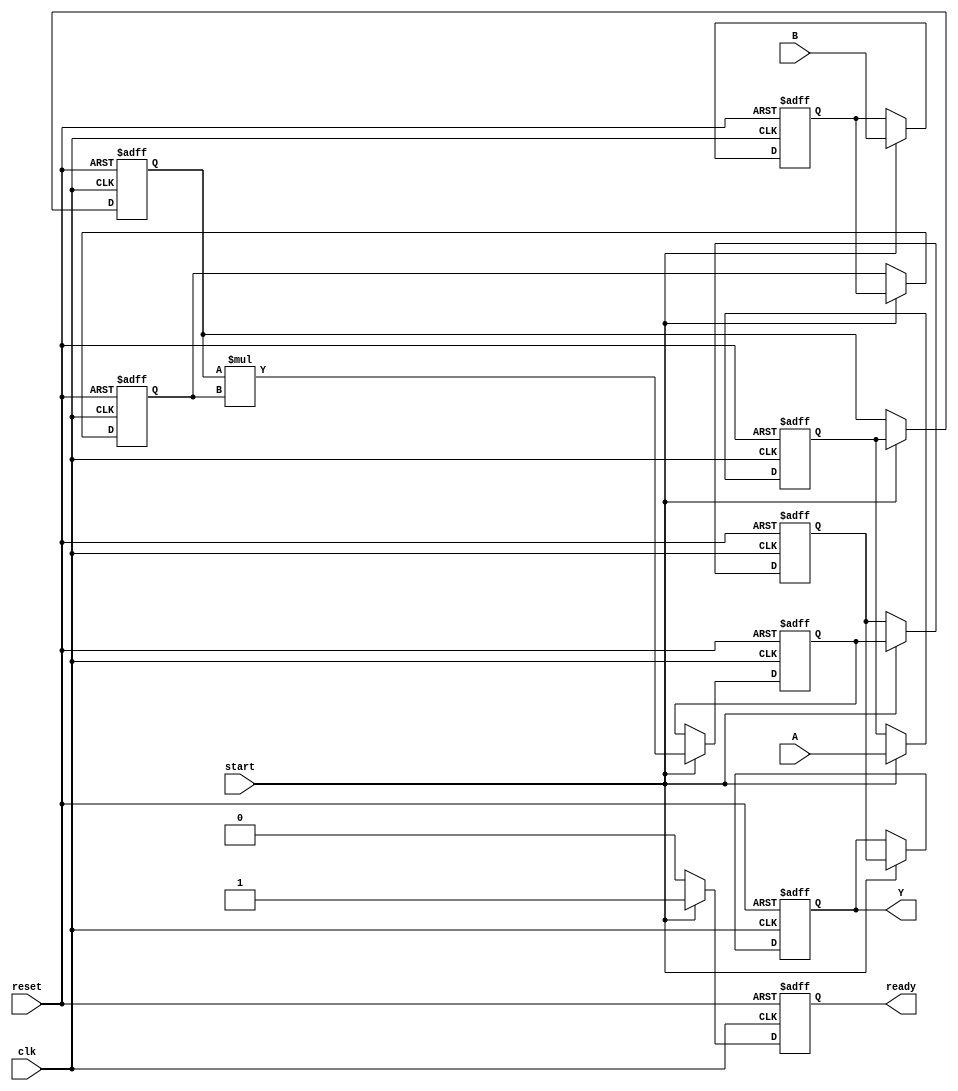
module streaming_multiplier #(
    parameter DATA_WIDTH = 16,  // Configurable data width
    parameter PIPELINE_STAGES = 2 // Number of pipeline stages
)(
    input wire clk,               // Clock signal
    input wire reset,             // Reset signal
    input wire start,             // Start signal
    input wire [DATA_WIDTH-1:0] A, // Input stream A
    input wire [DATA_WIDTH-1:0] B, // Input stream B
    output reg [2*DATA_WIDTH-1:0] Y, // Output stream (product)
    output reg ready              // Ready signal
);

    // Internal registers for pipelining
    reg [DATA_WIDTH-1:0] A_reg [0:PIPELINE_STAGES-1];
    reg [DATA_WIDTH-1:0] B_reg [0:PIPELINE_STAGES-1];
    reg [2*DATA_WIDTH-1:0] product_reg [0:PIPELINE_STAGES-1];

    integer i;

    // Reset and initialization
    always @(posedge clk or posedge reset) begin
        if (reset) begin
            for (i = 0; i < PIPELINE_STAGES; i = i + 1) begin
                A_reg[i] <= 0;
                B_reg[i] <= 0;
                product_reg[i] <= 0;
            end
            Y <= 0;
            ready <= 0;
        end else if (start) begin
            // Shift registers for pipelining
            A_reg[0] <= A;
            B_reg[0] <= B;

            for (i = 1; i < PIPELINE_STAGES; i = i + 1) begin
                A_reg[i] <= A_reg[i-1];
                B_reg[i] <= B_reg[i-1];
            end

            // Perform multiplication in the last stage
            product_reg[0] <= A_reg[PIPELINE_STAGES-1] * B_reg[PIPELINE_STAGES-1];

            for (i = 1; i < PIPELINE_STAGES; i = i + 1) begin
                product_reg[i] <= product_reg[i-1];
            end

            // Output the final product
            Y <= product_reg[PIPELINE_STAGES-1];
            ready <= 1; // Indicate that the output is ready
        end else begin
            ready <= 0; // Not ready if not started
        end
    end

endmodule